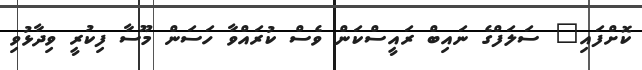
ކޮށްފައި" ސަލަފްގެ ނައިބް ރައީސްކަން ވެސް ކުރައްވާ ހަސަން މޫސާ ފިކުރީ ވިދާޅުވި